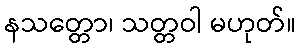
နသတ္တော၊ သတ္တဝါ မဟုတ်။